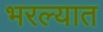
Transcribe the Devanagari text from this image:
भरल्यात